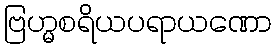
ဗြဟ္မစရိယပရာယဏော